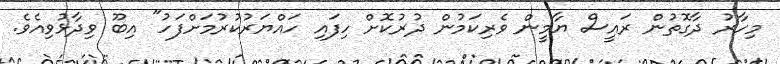
މިހާރު ދާގޮތުން ރައީސް ޔާމީން ވެރިކަމުން ދުރުކޮށް ހިފައި ހައްޔަރުކުރުމަށްފަހު" އިބޫ ވިދާޅުވިއެވެ.